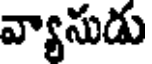
వ్యాసుడు